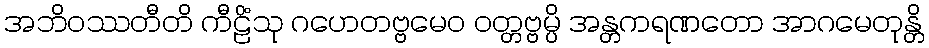
အဘိဝဿတီတိ ကီဠိံသု ဂဟေတဗ္ဗမေဝ ဝတ္တဗ္ဗမ္ပိ အန္တကရဏတော အာဂမေတုန္တိ